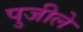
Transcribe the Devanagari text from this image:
पुजीले